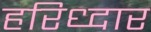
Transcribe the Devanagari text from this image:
हरिध्दार